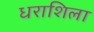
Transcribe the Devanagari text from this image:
धराशिला